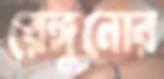
রেঙ্গুনোর